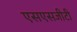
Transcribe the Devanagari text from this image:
एसएसजीटी